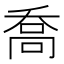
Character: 喬